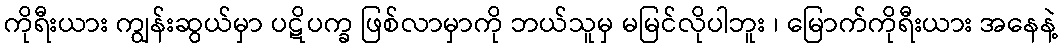
ကိုရီးယား ကျွန်းဆွယ်မှာ ပဋိပက္ခ ဖြစ်လာမှာကို ဘယ်သူမှ မမြင်လိုပါဘူး ၊ မြောက်ကိုရီးယား အနေနဲ့